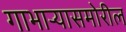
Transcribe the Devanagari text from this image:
गाभाऱ्यासमोरील